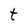
Character: t